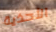
الأحذية